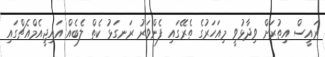
ރައީސް އިތުރަށް ވިދާޅުވީ މިއަހަރުގެ ތެރޭގައި ފެންވަރު ރަނގަޅު ކެތް ލެބެއް އައިޖީއެމްއެޗްގައި